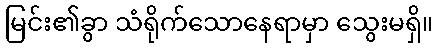
မြင်း၏ခွာ သံရိုက်သောနေရာမှာ သွေးမရှိ။